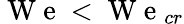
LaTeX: \mathrm{~W~e~}<\mathrm{~W~e~}_{cr}